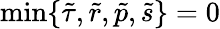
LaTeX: \operatorname*{min}\{ \tilde{\tau},\tilde{r},\tilde{p},\tilde{s}\} =0